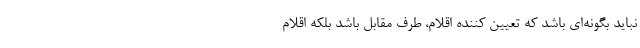
نباید بگونه‌ای باشد که تعیین کننده اقلام، طرف مقابل باشد بلکه اقلام